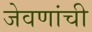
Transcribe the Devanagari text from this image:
जेवणांची